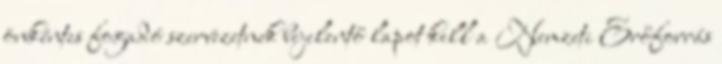
önkéntes fogadó szervezetnek bejelentő lapot kell a Nemzeti Erőforrás